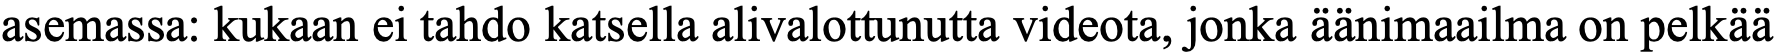
asemassa: kukaan ei tahdo katsella alivalottunutta videota, jonka äänimaailma on pelkää